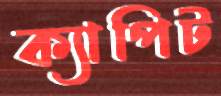
ক্যাপিট